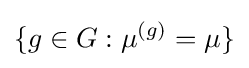
\{g\in G:\mu ^{(g)}=\mu \}